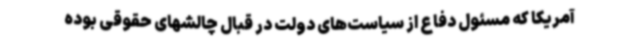
آمریکا که مسئول دفاع از سیاست‌های دولت در قبال چالشهای حقوقی بوده